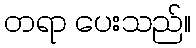
တရာ ပေးသည်။